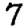
Digit: 7